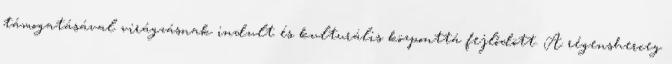
támogatásával virágzásnak indult és kulturális központtá fejlődött. A régensherceg